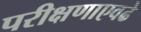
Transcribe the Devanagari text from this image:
परीक्षणाएवढे